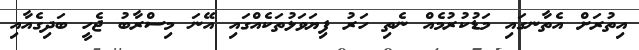
އިތުރަށް އެތާނގައި މަޑުކުރުމެއް ނެތި ހަރު ފިޔަވަޅުތަކެއްގައި އޭނަ މިސްރާބު ޖެހީ ބަދިގެއާއި